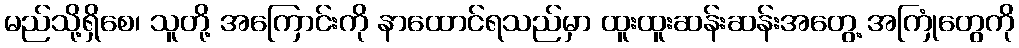
မည်သို့ရှိစေ၊ သူတို့ အကြောင်းကို နာထောင်ရသည်မှာ ထူးထူးဆန်းဆန်းအတွေ့ အကြုံတွေကို